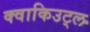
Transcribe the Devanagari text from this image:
क्वाकिउट्ल